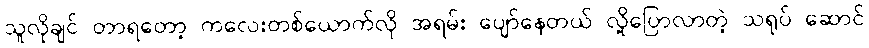
သူလိုချင် တာရတော့ ကလေးတစ်ယောက်လို အရမ်း ပျော်နေတယ် လို့ပြောလာတဲ့ သရုပ် ဆောင်